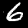
Digit: 6